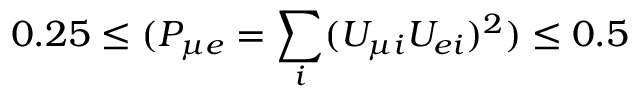
0 . 2 5 \le ( P _ { \mu e } = \sum _ { i } ( U _ { \mu i } U _ { e i } ) ^ { 2 } ) \le 0 . 5